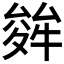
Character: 𭐩